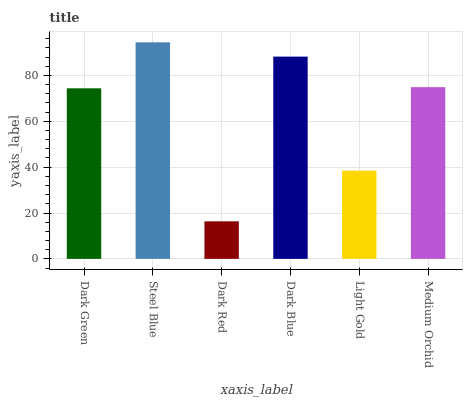
| xaxis_label | bars |
 | --- | --- |
 | Dark Green | 74.4 |
 | Steel Blue | 94.4 |
 | Dark Red | 16.4 |
 | Dark Blue | 88.2 |
 | Light Gold | 38.5 |
 | Medium Orchid | 74.9 |